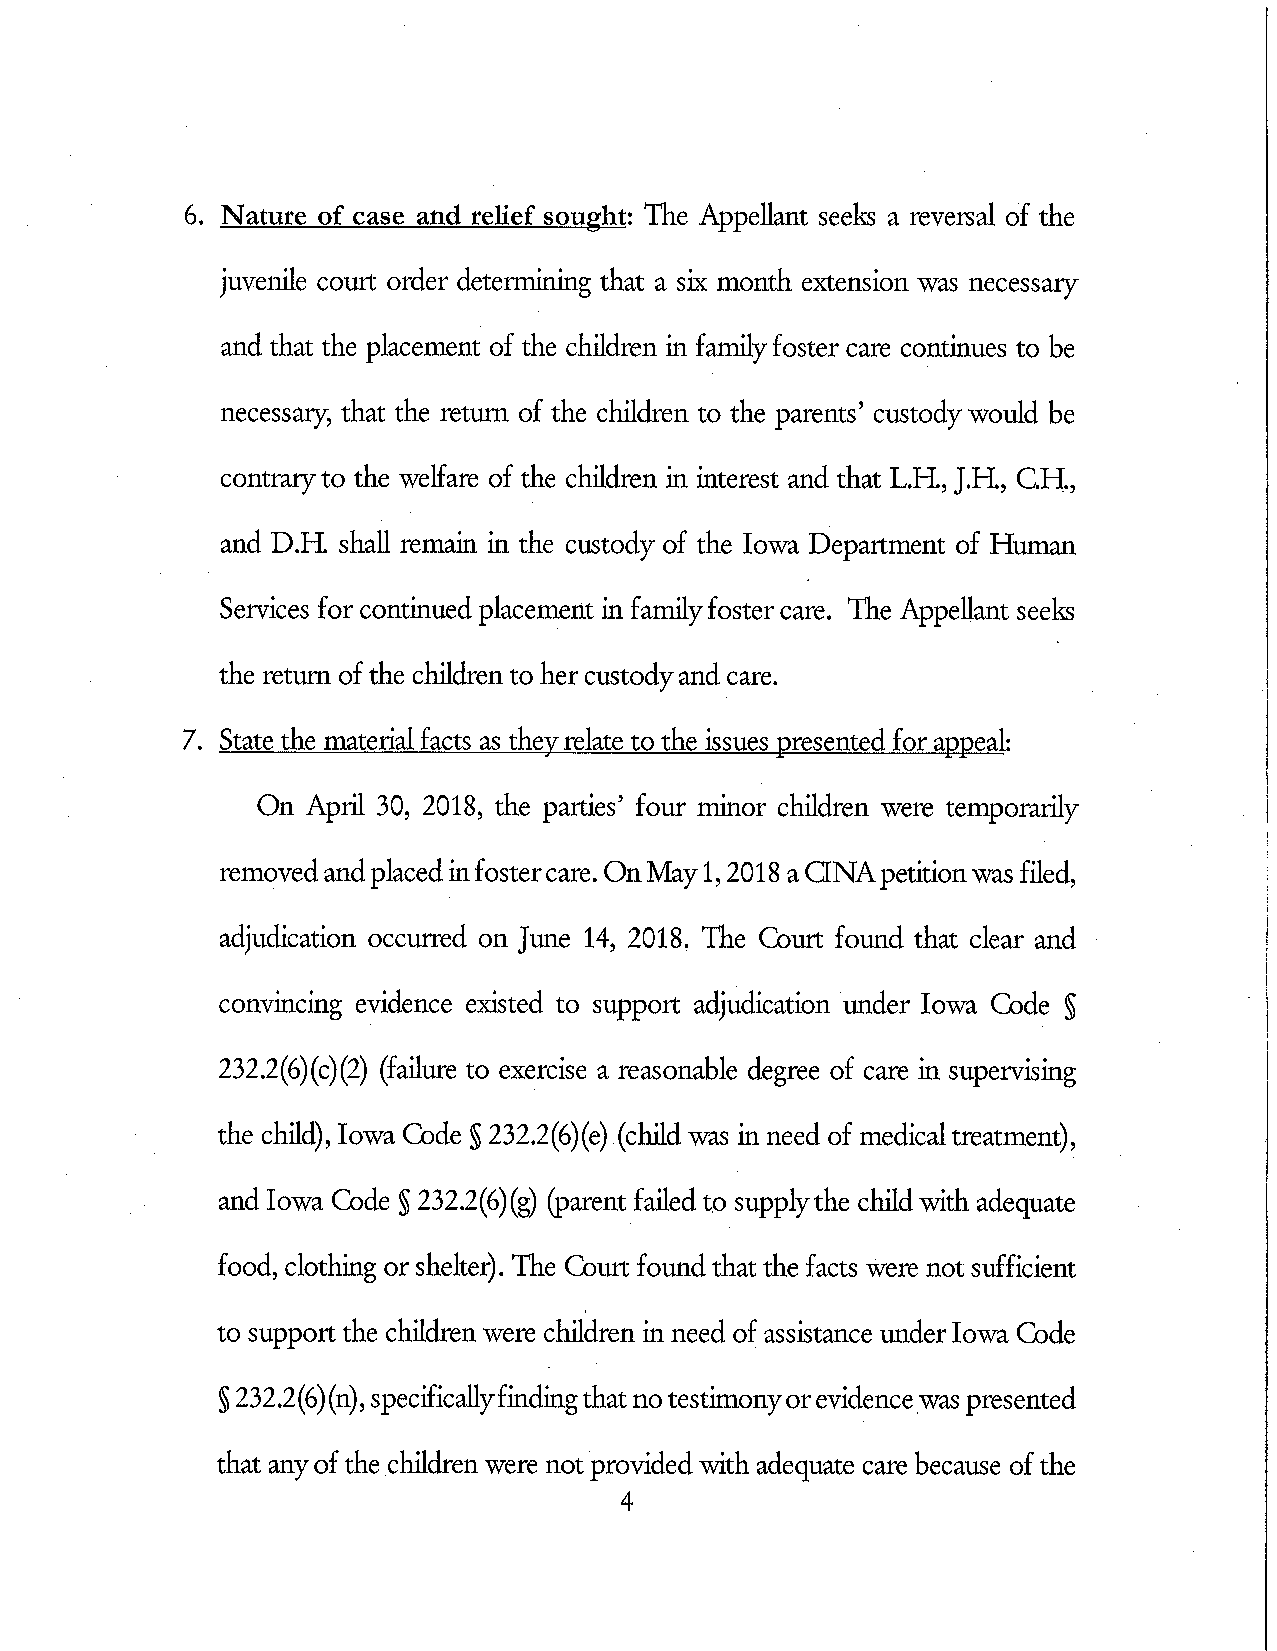
6 . Nature of case and relief sought: The Appellant seeks a reversal of the
 juvenile court order determining that a six month extension was necessary
 and that the placement of the children in farnilyfoster care continues to be
 necessary, that the return of the children to the parents' custodywould be
 contraryto the w&are of the children in interes tand tha tL.H,, J.H. ,C.H,
 and D.H. shall remain in the custody of the Iowa Department of Human
 Servicesforcontinuedplacementinfamilyfostercare. TheAppellantseeks
 the return of the children to her custodyand care.
 7 . State the material facts as thevrelate to the issues presented for appeal:
 On April 30, 2018, the parties' four minor children were temporarily
 removedandplacedinfostercare. OnMayl,2018 aaNApetitionwas filed,
 adjudicatio noccurre don Jun e14 , 2018 .The Gourt found that clear and
 convincin geviden ceexiste dto suppor t adjudicatio nunde r Iowa Cod e S
 232.2(6)(C)(2) (failure tO exercise a reasonable degree of care in supervising
 the child) ,Iowa Code S 232.2(6)(e) (cMdwas in need of medicaltreatment),
 and Iowa Code S 232.2(6)(g) (parent failed to supplythe child with adequate
 food, clotg or shelter). The Court found that the facts were not sufficient
 to support the children were children in need of assistance under Iowa Code
 S 232.2(6)(n )s,pecificallyfindingthatnotestimonyorevidencewas presented
 that anyof the children were not provided with adequate care because of the
 4